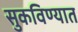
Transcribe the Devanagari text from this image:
सुकविण्यात